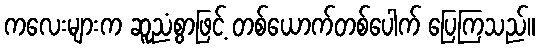
ကလေးများက ဆူညံစွာဖြင့် တစ်ယောက်တစ်ပေါက် ပြေကြသည်။